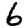
Digit: 6